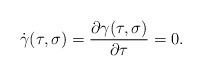
\begin{align*}\dot{\gamma}(\tau,\sigma) = {\partial\gamma(\tau,\sigma)\over\partial\tau}=0.\end{align*}